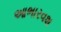
આભારવશ